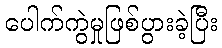
ပေါက်ကွဲမှုဖြစ်ပွားခဲ့ပြီး